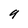
Character: 9